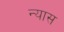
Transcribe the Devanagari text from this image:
न्‍यास